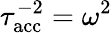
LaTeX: \tau_{\mathrm{acc}}^{-2}=\omega^{2}